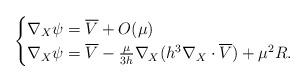
LaTeX: \begin{align*} \begin{cases} \nabla_X\psi = \overline{V} + O(\mu)\\ \nabla_X\psi = \overline{V} - \frac{\mu}{3h}\nabla_X(h^3\nabla_X\cdot \overline{V}) + \mu^2R. \end{cases} \end{align*}